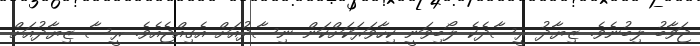
ޖަވާބު ލިބުނެވެ. ޒިޔާދު ރީސާދެކެ ލޯބިވަނީ ކިހާވަރަކަށްކަން ނިސާދުއަށް އެގިއްޖެއެވެ. ރީސާ ޒިޔާދުއަށް